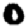
Digit: 0